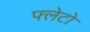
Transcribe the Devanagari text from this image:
फ्लेटो